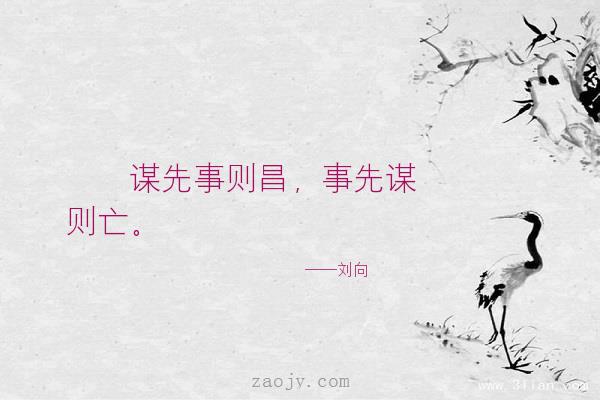
谋先事则昌，事先谋则亡。